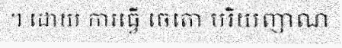
។ ដោយ ការធ្វើ ចេតោ បរិយញាណ